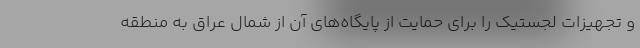
و تجهیزات لجستیک را برای حمایت از پایگاه‌های آن از شمال عراق به منطقه